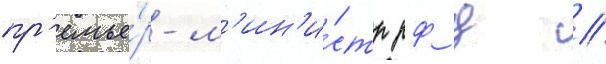
пр'емье́р-м'ин'и́стр рф д //